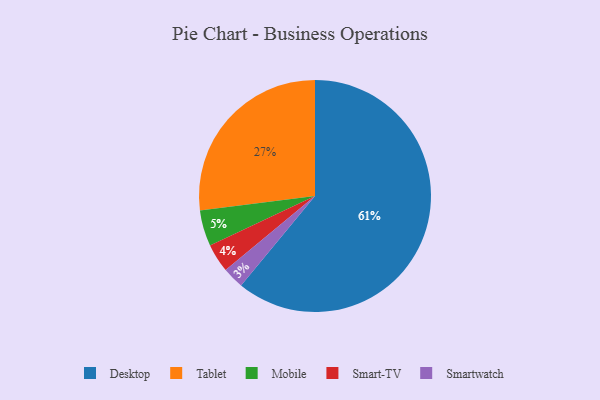
{"axis": {"x": "Category", "y": "Percentage"}, "legend": ["Desktop", "Mobile", "Smart-TV", "Smartwatch", "Tablet"], "data": [{"x": "Tablet", "y": 27, "type": "Tablet"}, {"x": "Mobile", "y": 5, "type": "Mobile"}, {"x": "Smartwatch", "y": 3, "type": "Smartwatch"}, {"x": "Desktop", "y": 61, "type": "Desktop"}, {"x": "Smart-TV", "y": 4, "type": "Smart-TV"}]}